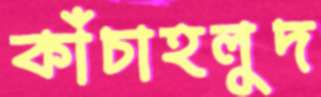
কাঁচাহলুদ